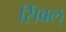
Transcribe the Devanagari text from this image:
सिंवल्